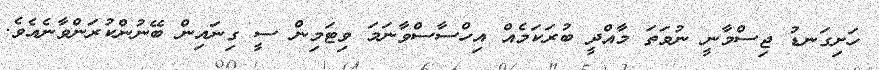
ހަށިގަނޑު ޖިސްމާނީ ނުވަތަ މާއްދީ ބުރަކަމެއް އިހްސާސްވާނަމަ ވިޓަމިން ސީ ގިނައިން ބޭނުންކުރަންވާނެއެވެ.